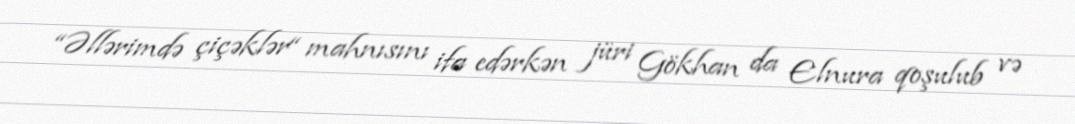
“Əllərimdə çiçəklər“ mahnısını ifa edərkən jüri Gökhan da Elnura qoşulub və